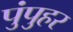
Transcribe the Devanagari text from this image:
पुंपुहर